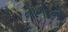
નાગરની